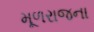
મૂળરાજના